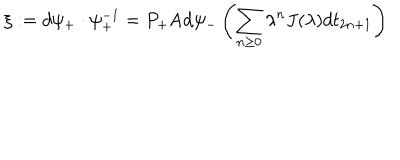
\xi : = d \psi _ { + } \cdot \psi _ { + } ^ { - 1 } = P _ { + } \mathrm { A d } \psi _ { - } \left( \sum _ { n \geq 0 } \lambda ^ { n } J ( \lambda ) d t _ { 2 n + 1 } \right)